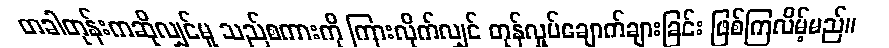
တခါတုန်းကဆိုလျှင်မူ သည်စကားကို ကြားလိုက်လျှင် တုန်လှုပ်ချောက်ချားခြင်း ဖြစ်ကြလိမ့်မည်။